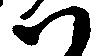
八